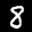
Label: 8